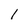
Character: l